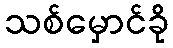
သစ်မှောင်ခို